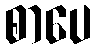
စာပေ